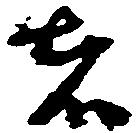
者